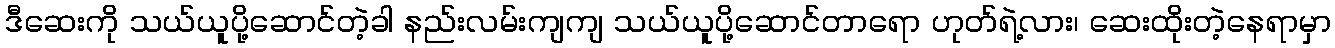
ဒီဆေးကို သယ်ယူပို့ဆောင်တဲ့ခါ နည်းလမ်းကျကျ သယ်ယူပို့ဆောင်တာရော ဟုတ်ရဲ့လား၊ ဆေးထိုးတဲ့နေရာမှာ